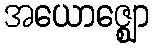
အယောဇ္ဈော